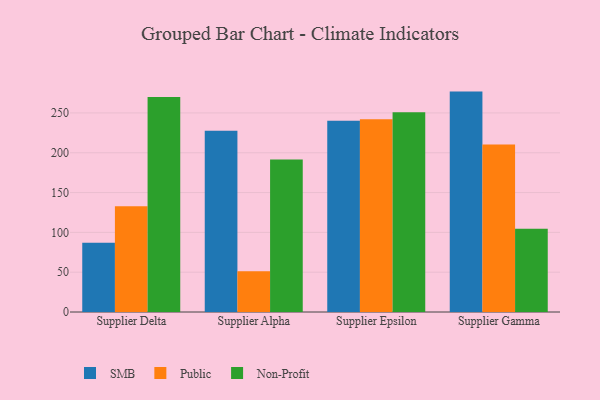
{"axis": {"x": "Supplier", "y": "Backlog"}, "legend": ["Non-Profit", "Public", "SMB"], "data": [{"x": "Supplier Delta", "y": 87.1, "type": "SMB"}, {"x": "Supplier Delta", "y": 132.8, "type": "Public"}, {"x": "Supplier Delta", "y": 270.1, "type": "Non-Profit"}, {"x": "Supplier Alpha", "y": 227.7, "type": "SMB"}, {"x": "Supplier Alpha", "y": 51.2, "type": "Public"}, {"x": "Supplier Alpha", "y": 191.6, "type": "Non-Profit"}, {"x": "Supplier Epsilon", "y": 240.3, "type": "SMB"}, {"x": "Supplier Epsilon", "y": 242.2, "type": "Public"}, {"x": "Supplier Epsilon", "y": 250.9, "type": "Non-Profit"}, {"x": "Supplier Gamma", "y": 276.8, "type": "SMB"}, {"x": "Supplier Gamma", "y": 210.3, "type": "Public"}, {"x": "Supplier Gamma", "y": 104.6, "type": "Non-Profit"}]}